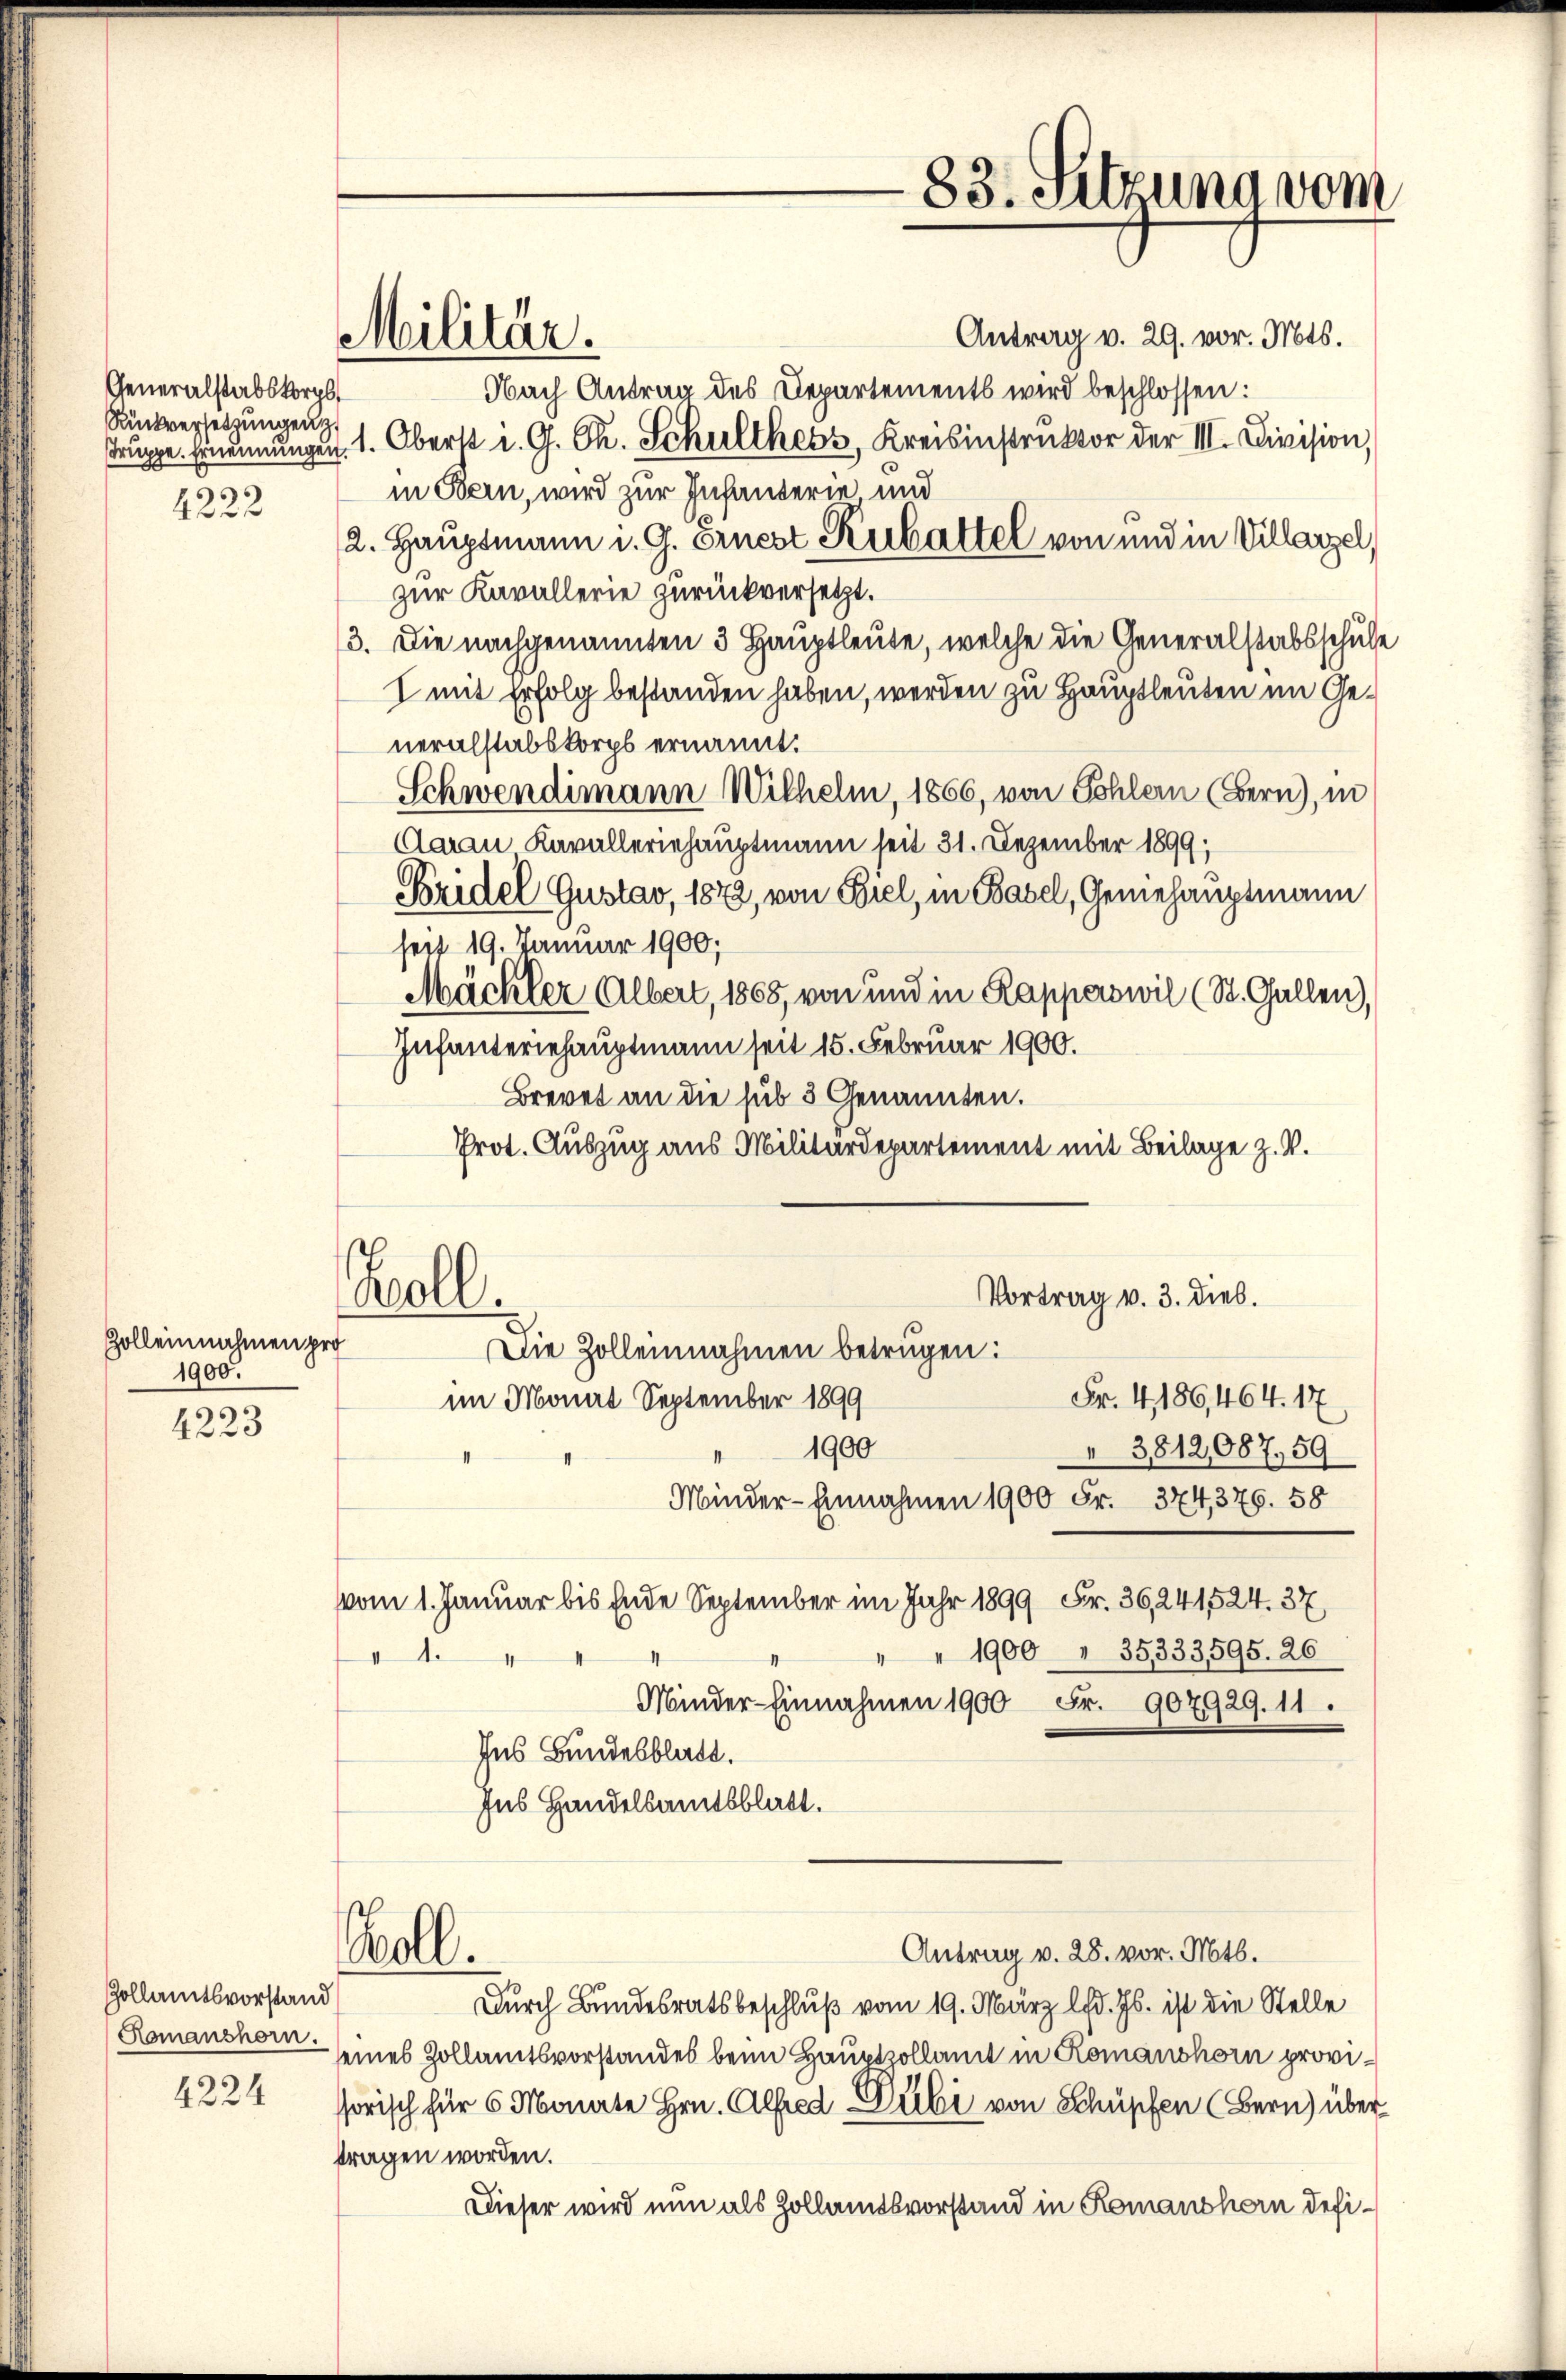
Zolleinnahmen pro
1900.

4223

Generalstabskorps
Rankversetzungen
4222

Gollamtsvorstand
Komanshorn.
4224

Antrag v. 29. vor. Mts.
Nach Antrag des Departements wird beschlossen:
Truppe. Ernennungen 1. Oberst d. G. Ch. Schulthess, Kreisinstruktor der III. Division,
in Bern, wird zur Infanterie und
2. Hauptmann i. G. Ernest Kubattel von und in Villarzel,
zur Kavallerie zurückversetzt.
13. Die nachgenannten 3 Hauptleute, welche die Generalstabsschule
I mit Erfolg bestanden haben, werden zu Hauptleuten im Generalstabskorps ernannt.
Schwendimann Wilhelm, 1866, von Sohlern (Bern), in
Aarau Kavalleriehauptmann seit 31. Dezember 1899;
Bridel Gustav, 1872, von Biel, in Basel, Geniehauptmann
seit 19. Januar 1900;
Mäckler Albert, 1868, von und in Rapperswil (St. Gallen),
Infanteriehauptmann seit 15. Februar 1900.
Brevet an die sub 3 Genannten.
Prot. Auszug aus Militärdepartement mit Beilage z. B.
Woll
Vortrag v. 3. dieb.
Die Zolleinnahmen betrügen:
Fr. 4, 186,464. 17
im Monat September 1899
1900
3812087,59
Minder-Einnahmen 1900 Fr. 374,376. 58
vvom 1. Januar bis Ende September im Jahr 1899 Fr. 36,241,524. 37,
" 1900 " 35333595. 26
u
Minder-Einnahmen 1900 Fr. 907929. 11.
Ins Bundesblatt.
sus Handelsamtsblatt.
Woll.
Antrag v. 28. vor. Mts.
Durch Bundesratsbeschluß vom 19. März lfd. Js. ist die Stelle
seines Zollamtsvorstandes beim Hauptzollamt in Romanshorn provisorisch für 6 Monate Hrn. Alfred Dubi von Schüpfen (Bern) über
tragen worden.
Dieser wird nun als Zollamtsvorstand in Romanshorn defi¬

Militär.

83. Sitzung vom